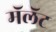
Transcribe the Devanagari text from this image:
मॅलॅट